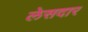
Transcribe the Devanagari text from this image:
लेसदार